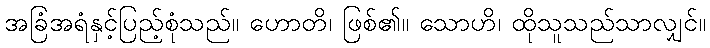
အခြံအရံနှင့်ပြည့်စုံသည်။ ဟောတိ၊ ဖြစ်၏။ သောဟိ၊ ထိုသူသည်သာလျှင်။